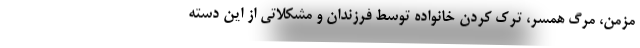
مزمن، مرگ همسر، ترک کردن خانواده توسط فرزندان و مشکلاتی از این دسته